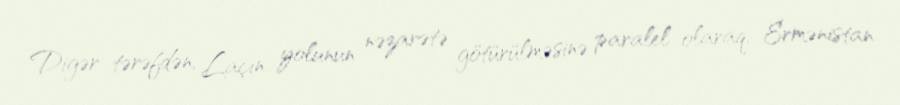
Digər tərəfdən, Laçın yolunun nəzarətə götürülməsinə paralel olaraq, Ermənistan